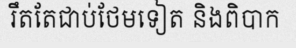
រឹតតែជាប់ថែមទៀត និងពិបាក